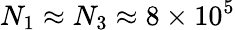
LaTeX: N_{1}\approx N_{3}\approx 8\times 10^{5}